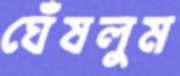
ঘেঁষলুম